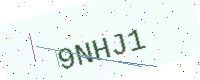
Text: 9NHJ1